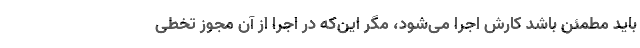
باید مطمئن باشد کارش اجرا می‌شود، مگر این‌که در اجرا از آن مجوز تخطی